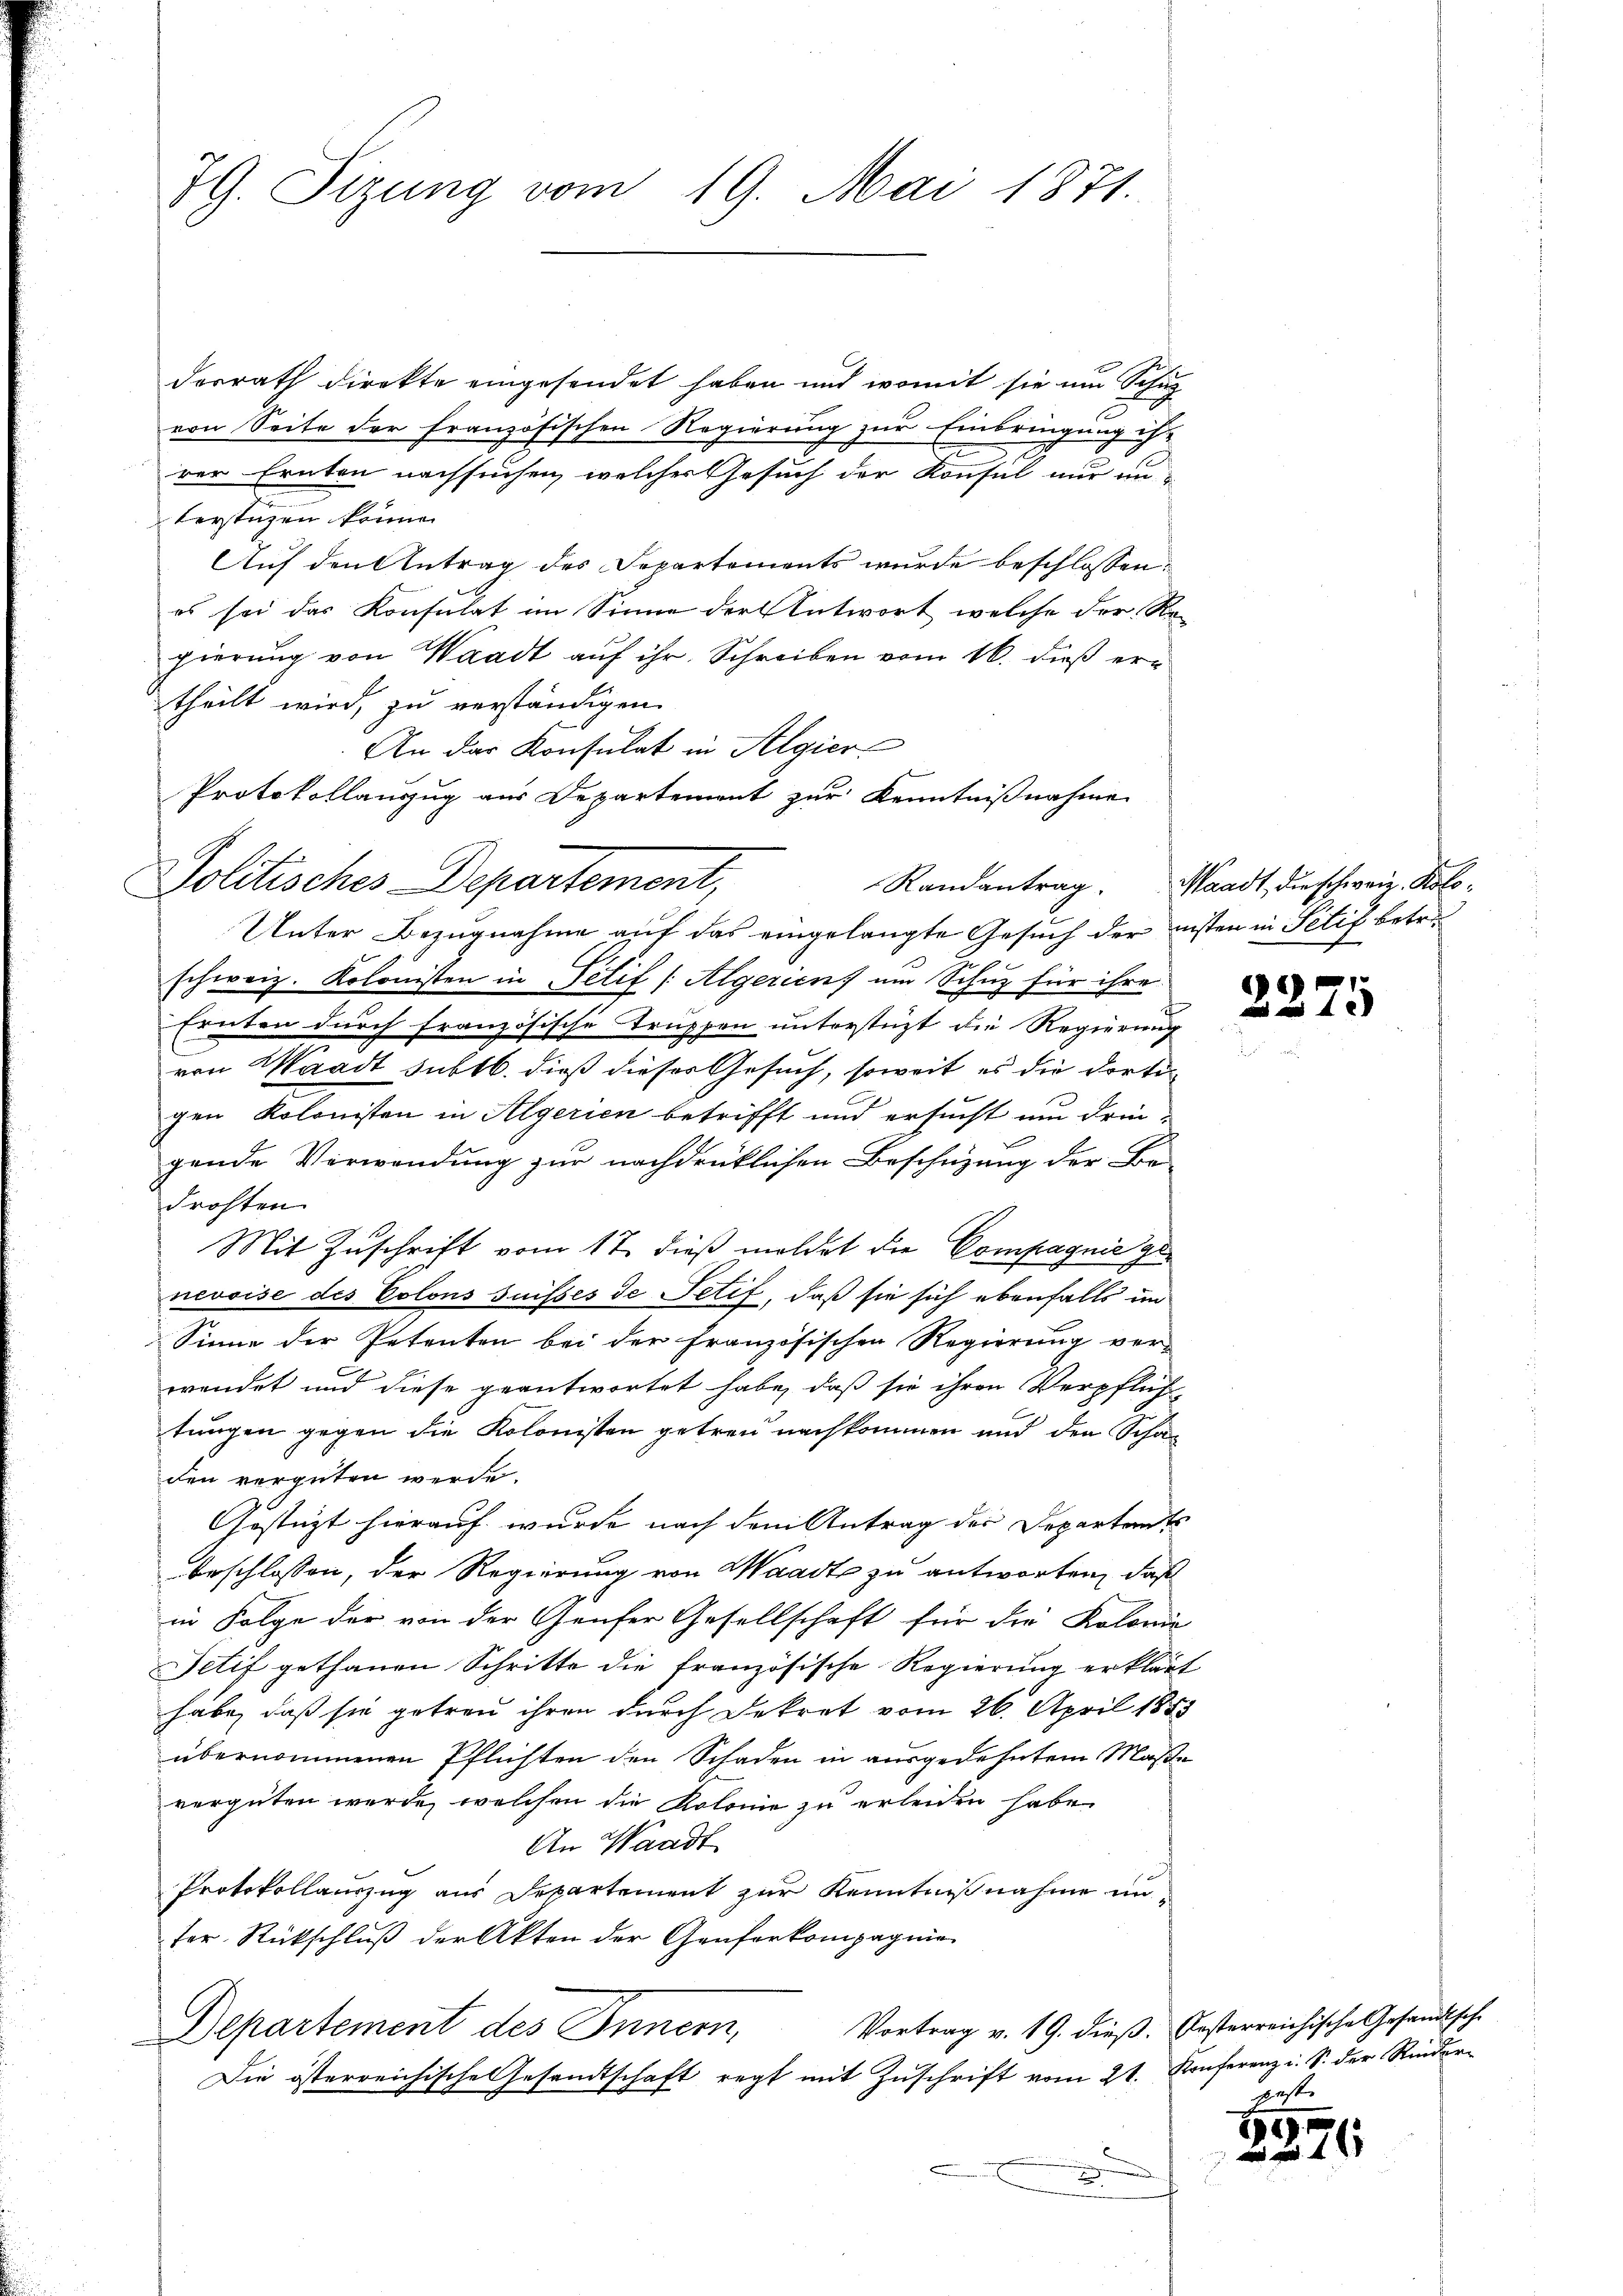
7G. Tizung vom 19. Mai 1871.

dorrath direkte eingesendet haben und womit sie um Schul
von Seite der Französischen Regierung zur Einbringung ih
rer Ernten nachsuchen, welcher Gesuch der Konsul nur unberstüzen könne.
Auf den Antrag des Departements wurde beschlossen:
es sei das Konsulat im Sinne der Antwort welche der Re-
gierung von Waadt auf ihr. Schreiben vom 16. dieß ertheilt wird, zu verständigen
An das Konsulat in Algier
Unter Bezugnahme auf das eingelangte Gesuch der nisten in Selif betre
schweiz. Kolonisten in Petif /: Algerien um Schuz für ihre
Ernten durch französische Truppen unterstüzt die Regierung
von Waadt subtb. dieß dieser Gesuch, soweit es die dortigen Kolonisten in Algerien betrifft und ersucht um dringende Verwendung zur nachdrüklichen Beschüzung der Be-
drohten
Mit Zuschrift vom 17. dieß moldet die Compagnie genevoise des Colons Suisses de Petif, daß sie sich ebenfalls im
Sinne der Petenten bei der Französischen Regierung ver-
wendet und diese geantwortet habe, daß sie ihren Verpflich
tungen gegen die Kolonisten getreu nachkommen und den Schan
den vergüten werde.
Gestützt hierauf wurde nach dem Antrag der Departants
beschlossen, der Regierung von Waadt zu antworten, daß
in Folge der von der Genfer Gesellschaft für die Kolonie
Tetif gethanen Schritte die französische Regierung erklärt
habe, daß sie getreu ihren durch Dekret vom 26. April 1883
übernommenen Pflichten den Schaden in ausgedehntem Maße
vergüten wurde, welchen die Kolonie zu erleiden habe.
An Waadt
Protokollauszug aus Departement zur Kenntnißnahme unser Rückschluß der Akten der Genforkompagnie
Vortrag v. 19. dieß. besterreichische Gesandtsche
Departement des Innern,
Die österreichische Gesandtschaft regt mit Zuschrift vom 21. Konferenz i. S. der Rinder-
d

Protokollauszug aus Departement zur Kenntnißnahme
Politisches-Departement,

Randantrag. Waadt die schweiz. Kolo¬

e

1949

5

pest. |

21 x